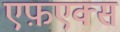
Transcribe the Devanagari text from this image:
एफ़एक्स